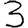
Digit: 3